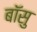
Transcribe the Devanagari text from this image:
बॉसु